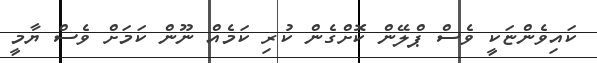
ކައިވެންޏަކީ ވެސް ޕްލޭން ކޮށްގެން ކުރި ކަމެއް ނޫން ކަމަށް ވެސް ޔާމީ